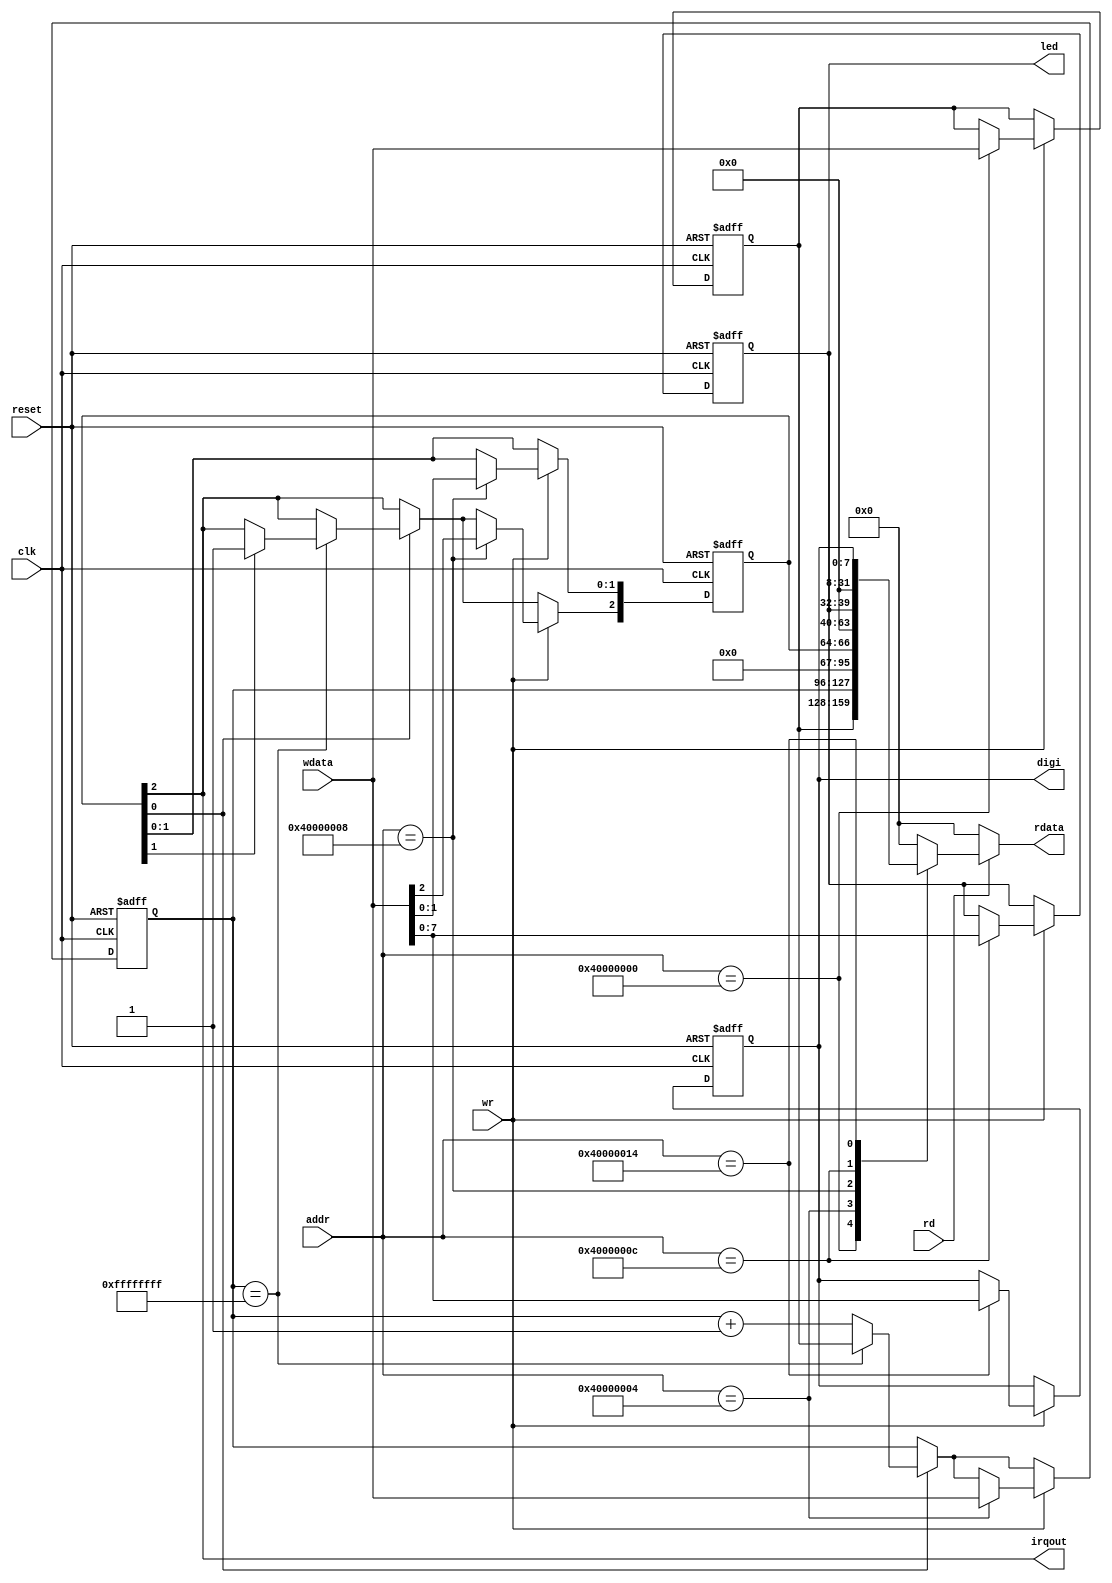
module Peripheral (reset,clk,rd,wr,addr,wdata,rdata,led,irqout,digi);
input reset,clk;
input rd,wr;
input [31:0] addr;
input [31:0] wdata;
output [31:0] rdata;
reg [31:0] rdata;
output [7:0] led;
reg [7:0] led;
output reg [7:0] digi;
output irqout;

reg [31:0] TH,TL;
reg [2:0] TCON;
assign irqout = TCON[2];

always@(*) begin
	if(rd) begin
		case(addr)
			32'h40000000: rdata <= TH;			
			32'h40000004: rdata <= TL;			
			32'h40000008: rdata <= {29'b0,TCON};				
			32'h4000000C: rdata <= {24'b0,led};			
			32'h40000014: rdata <= {20'b0,digi};
			default: rdata <= 32'b0;
		endcase
	end
	else
		rdata <= 32'b0;
end

always@(negedge reset or posedge clk) begin
	if(~reset) begin
		TH <= 32'b0;
		TL <= 32'b0;
		TCON <= 3'b0;
		digi<=0;
		led<=0;	
	end
	else begin
		if(TCON[0]) begin	
			if(TL==32'hffffffff) begin
				TL <= TH;
				if(TCON[1]) TCON[2] <= 1'b1;
			end
			else TL <= TL + 1;
		end
		
		if(wr)
		 begin
			case(addr)
				32'h40000000: TH <= wdata;
				32'h40000004: TL <= wdata;
				32'h40000008: TCON <= wdata[2:0];		
				32'h4000000C: led <= wdata[7:0];			
				32'h40000014:digi <= wdata[11:0];
				default:;
				endcase
		end
	end
end
endmodule